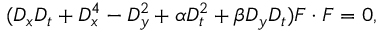
( D _ { x } D _ { t } + D _ { x } ^ { 4 } - D _ { y } ^ { 2 } + \alpha D _ { t } ^ { 2 } + \beta D _ { y } D _ { t } ) F \cdot F = 0 ,